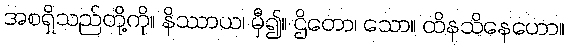
အစရှိသည်တို့ကို။ နိဿာယ၊ မှီ၍။ ဌိတော၊ သော။ ထိနသိနေဟော။